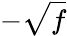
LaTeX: -\sqrt{f}